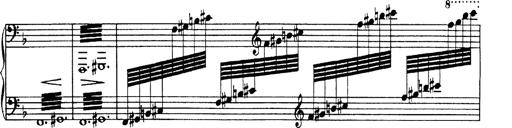
Title: Hungarian Rhapsody No.19
Composer: Franz Liszt
Key: D minor